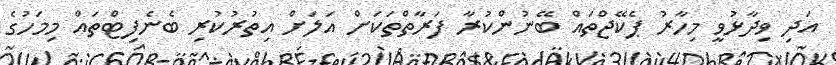
އަދި ވިދާޅުވީ މިހާރު ޕެކޭޖްތައް ބޭނުންކުރާ ފަރާތްތަކަށް އަލަށް އިތުރުކުރި ބެނެފިޓްތައް މިމަހުގެ